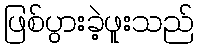
ဖြစ်ပွားခဲ့ဖူးသည်